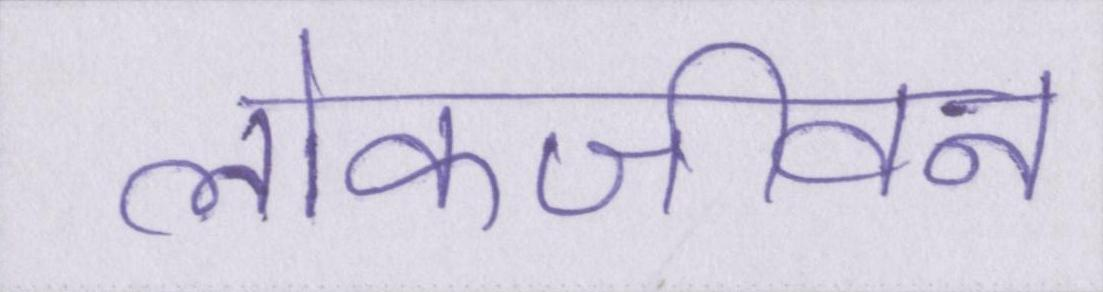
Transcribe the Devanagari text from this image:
लोकजीवन